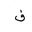
Letter: _fa